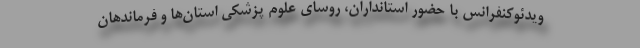
ویدئوکنفرانس با حضور استانداران، روسای علوم پزشکی استان‌ها و فرماندهان